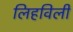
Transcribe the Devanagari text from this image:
लिहविली